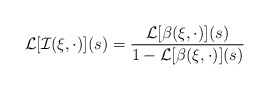
\begin{align*}\mathcal{L}[\mathcal{I}(\xi,\cdot)](s)=\frac{\mathcal{L}[\beta(\xi,\cdot)](s)}{1-\mathcal{L}[\beta(\xi,\cdot)](s)} \end{align*}